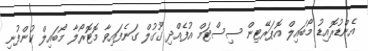
އެންޑުރޮއިޑު މޯބައިލް އޮޕަރޭޓިން ސިސްޓަމް އުފެއްދި ގޫގުލް ގަނެފައިވާ މޮޓޮރޯލާ މޯބައިލް ކުންފުނި